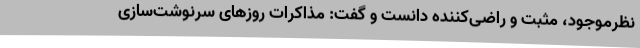
نظرموجود، مثبت و راضی‌کننده دانست و گفت:‌ مذاکرات روزهای سرنوشت‌سازی